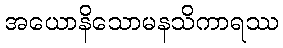
အယောနိသောမနသိကာရဿ